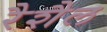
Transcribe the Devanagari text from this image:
रैशैल